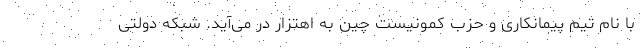
با نام تیم پیمانکاری و حزب کمونیست چین به اهتزار در می‌آید. شبکه دولتی